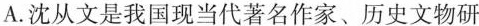
A.沈从文是我国现当代著名作家、历史文物研